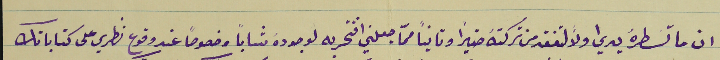
ان ما تسطرهُ يداي اولاً لتفقد من تركتهُ ضيرًا وتانياً ممّا جعلني افتخر به لوجودهُ شابًا وخصوصًا عند وقوع نظري على كتاباتك